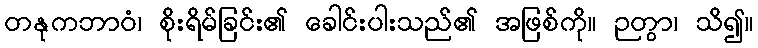
တနုကဘာဝံ၊ စိုးရိမ်ခြင်း၏ ခေါင်းပါးသည်၏ အဖြစ်ကို။ ဉတွာ၊ သိ၍။